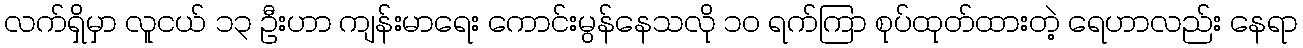
လက်ရှိမှာ လူငယ် ၁၃ ဦးဟာ ကျန်းမာရေး ကောင်းမွန်နေသလို ၁၀ ရက်ကြာ စုပ်ထုတ်ထားတဲ့ ရေဟာလည်း နေရာ